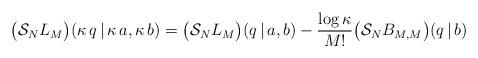
LaTeX: \begin{align*}\bigl(\mathcal{S}_N L_M\bigr)(\kappa\,q\,|\,\kappa\,a,\kappa\,b) = \bigl(\mathcal{S}_N L_M\bigr)(q\,|\,a, b) - \frac{\log\kappa}{M!}\bigl(\mathcal{S}_N B_{M,M}\bigr)(q\,|\,b)\end{align*}